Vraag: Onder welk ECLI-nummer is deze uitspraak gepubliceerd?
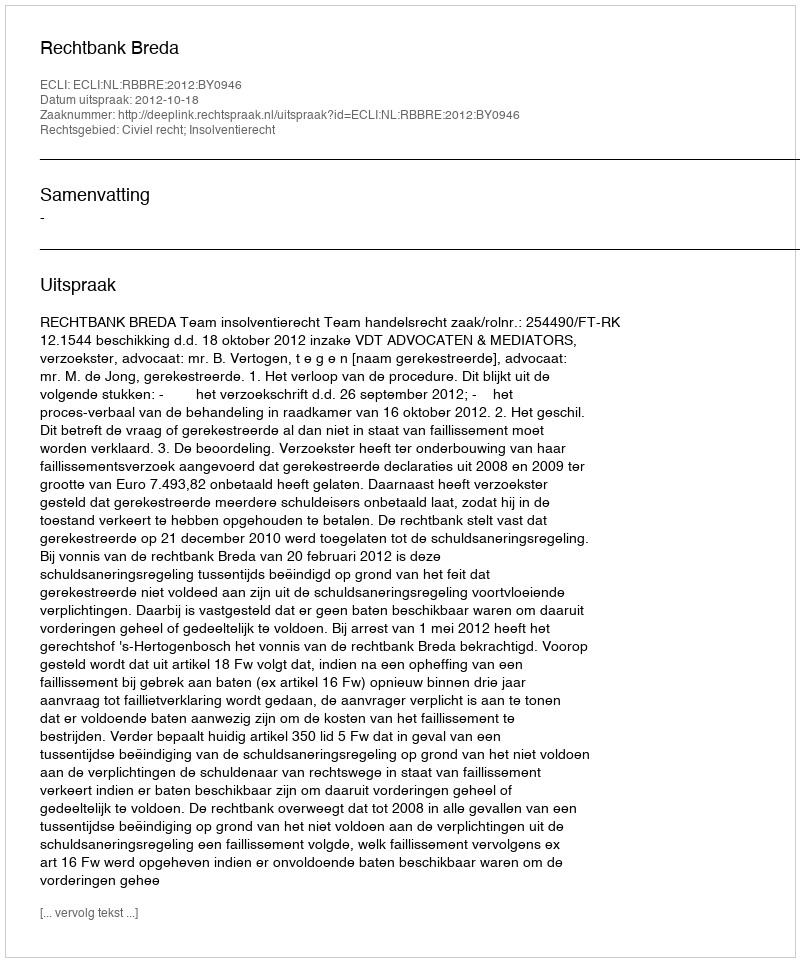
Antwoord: ECLI:NL:RBBRE:2012:BY0946